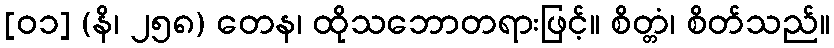
[၀၁] (နိ၊ ၂၅၈) တေန၊ ထိုသဘောတရားဖြင့်။ စိတ္တံ၊ စိတ်သည်။